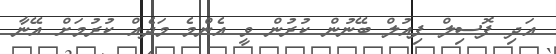
އަދި ފޮސިލް ފިއުލް ބޭނުން ކުރުން ވީ އެންމެ މަދެއް ކުރުމަށް އޭނާ